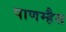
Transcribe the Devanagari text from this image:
पाणम्हैस